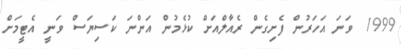
1999 ވަނަ އަހަރުން ފެށިގެން ރެއާލްއަށް ކުޅެމުން އަންނަ ކަސިޔަސް ވަނީ އެޓީމަށް